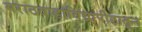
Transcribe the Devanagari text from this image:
मराठवाडाविद्यापीठातून